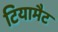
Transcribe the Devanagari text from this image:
टियामैट